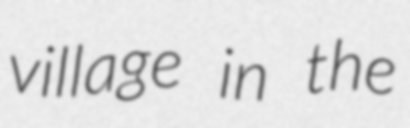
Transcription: village in the